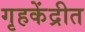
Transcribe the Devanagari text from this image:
गृहकेंद्रीत